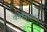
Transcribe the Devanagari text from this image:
कोनिंग्सबर्ग